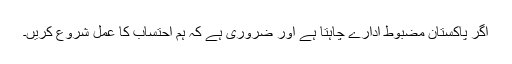
اگر پاکستان مضبوط ادارے چاہتا ہے اور ضروری ہے کہ ہم احتساب کا عمل شروع کریں۔